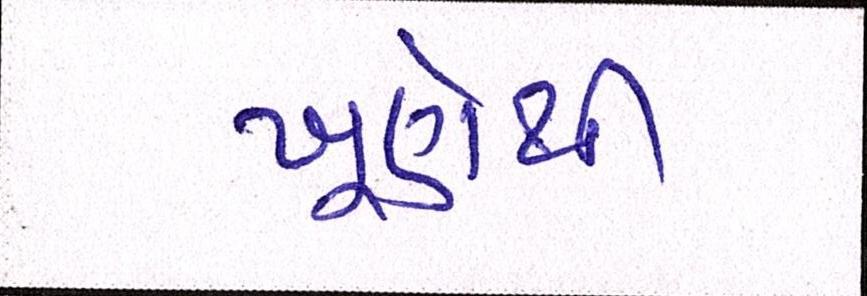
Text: ખૂણેથી